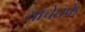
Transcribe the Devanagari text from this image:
यांचेतर्फे